Annual report of the Civil Veterinary Department, Bengal, for the year 1897-98 - 1897-1898
Year: 1897
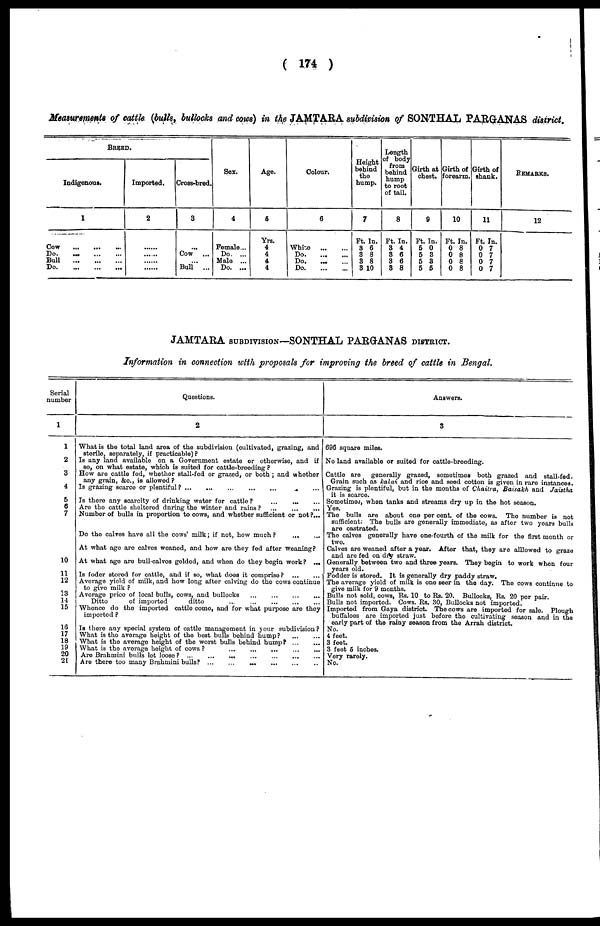
( 174 )
Measurements of cattle (bulls, bullocks and cows) in the JAMTARA subdivision of SONTHAL PARGANAS district.
BREED.
Indigenous.
1
Cow
Do.
...
Bull
Do
Imported.
2
......
......
......
......
Cross-bred.
3
...
Cow
...
...
Bull
...
Sex.
4
Female...
Do. ...
Male ...
Do. ...
Age.
6
Yrs.
4
4
4
4
Colour.
6
White
...
...
Do
Do. ... ...
Do
Height
behind
the
hump.
7
Ft. In.
8 6
3 8
3 8
3 10
Length
of body
from
behind
hump
to root
of tail.
8
Ft. In.
3 4
3 6
3 6
3 8
Girth at
chest.
9
Ft. In.
5 0
5 3
5 3
5 5
Girth of
forearm.
10
Ft. In.
0 8
0 8
0 8
0 8
Girth of
shank.
11
Ft. In.
0 7
0 7
0 7
0 7
REMARKS.
12
JAMTARA SUBDIVISION— SONTHAL PARGANAS DISTRICT.
Information in connection with proposals for improving the breed of cattle in Bengal.
Serial
number
1
1
2
3
4
5
6
7
10
11
12
13
14
15
16
17
18
19
20
21
Questions.
2
What is the total land area of the subdivision (cultivated, grazing, and
sterile, separately, if practicable)?
Is any land available on a Government estate or otherwise, and if
so, on what estate, which is suited for cattle-breeding ?
How are cattle fed, whether stall-fed or grazed, or both ; and whether
any grain, &c., is allowed?
Is grazing scarce or plentiful?
...
...
....
....
....
...
Is there any scarcity of drinking water for cattle?
...
... ...
Are the cattle sheltered during the winter and rains ? ... ... ...
Number of bulls in proportion to cows, and whether sufficient or not ?...
Do the calves have all the cows' milk; if not, how much? ... ...
At what age are calves weaned, and how are they fed after weaning?
At what age are bull-calves golded, and when do they begin work? ...
Is foder stored for cattle, and if so, what does it comprise?
Average yield of milk, and how long after calving do the cows continue
to give milk ?
Average price of local bulls, cows, and bullocks
Ditto
of imported
ditto
Whenco do the imported cattle come, and for what purpose are they
imported ?
Is there any special system of cattle management in your subdivision?
What is the average height of the best bulls behind hump?
What is the average height of the worst bulls behind hump
What is the average height of cows?
Are Brahmini bulls lot loose? ...
...
...
Are there too many Brahmini bulls? ... ... ... ... ... ... ...
Answers.
3
696 square miles.
No land available or suited for
cattle-breeding.
Cattle are generally grazed, sometimes both grazed and stall-fed.
Grain such as kalai and rice and seed cotton is given in rare instances.
Grazing is plentiful, but in the months of Chaitra, Baisakh and
Jaistha
it is scarce.
Sometime, when tanks and streams dry up in the hot season.
Yes.
The bulls are about one per cent. of the cows. The number is not
sufficient. The bulls are generally immediate, as after two years bulls
are castrated.
The calves generally have one-fourth of the milk for the first month or
Calves are weaned after a year. After that, they are alllowed to graze
and are fed on dry straw.
Generally between two and three years. They begin to work when four
years old.
Fodder is stored. It is generally dry paddy straw.
The average yield of milk is one seer in the day. The cows continue to
give milk for 9 months.
Bulls not sold, cows, Rs. 10 to Rs. 20. Bullocks, Rs. 20 per pair.
Bulls not imported. Cows. Rs. 30, Bullocks not imported.
Imported from Gaya district. The cows are imported for sale. Plough
buffaloes are imported just before the cultivating season and in the
early part of the rainy season from the Arrah district.
No.
4 feet.
3 feet.
3 feet 5 inches.
Very rarely.
No.